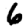
Digit: 6